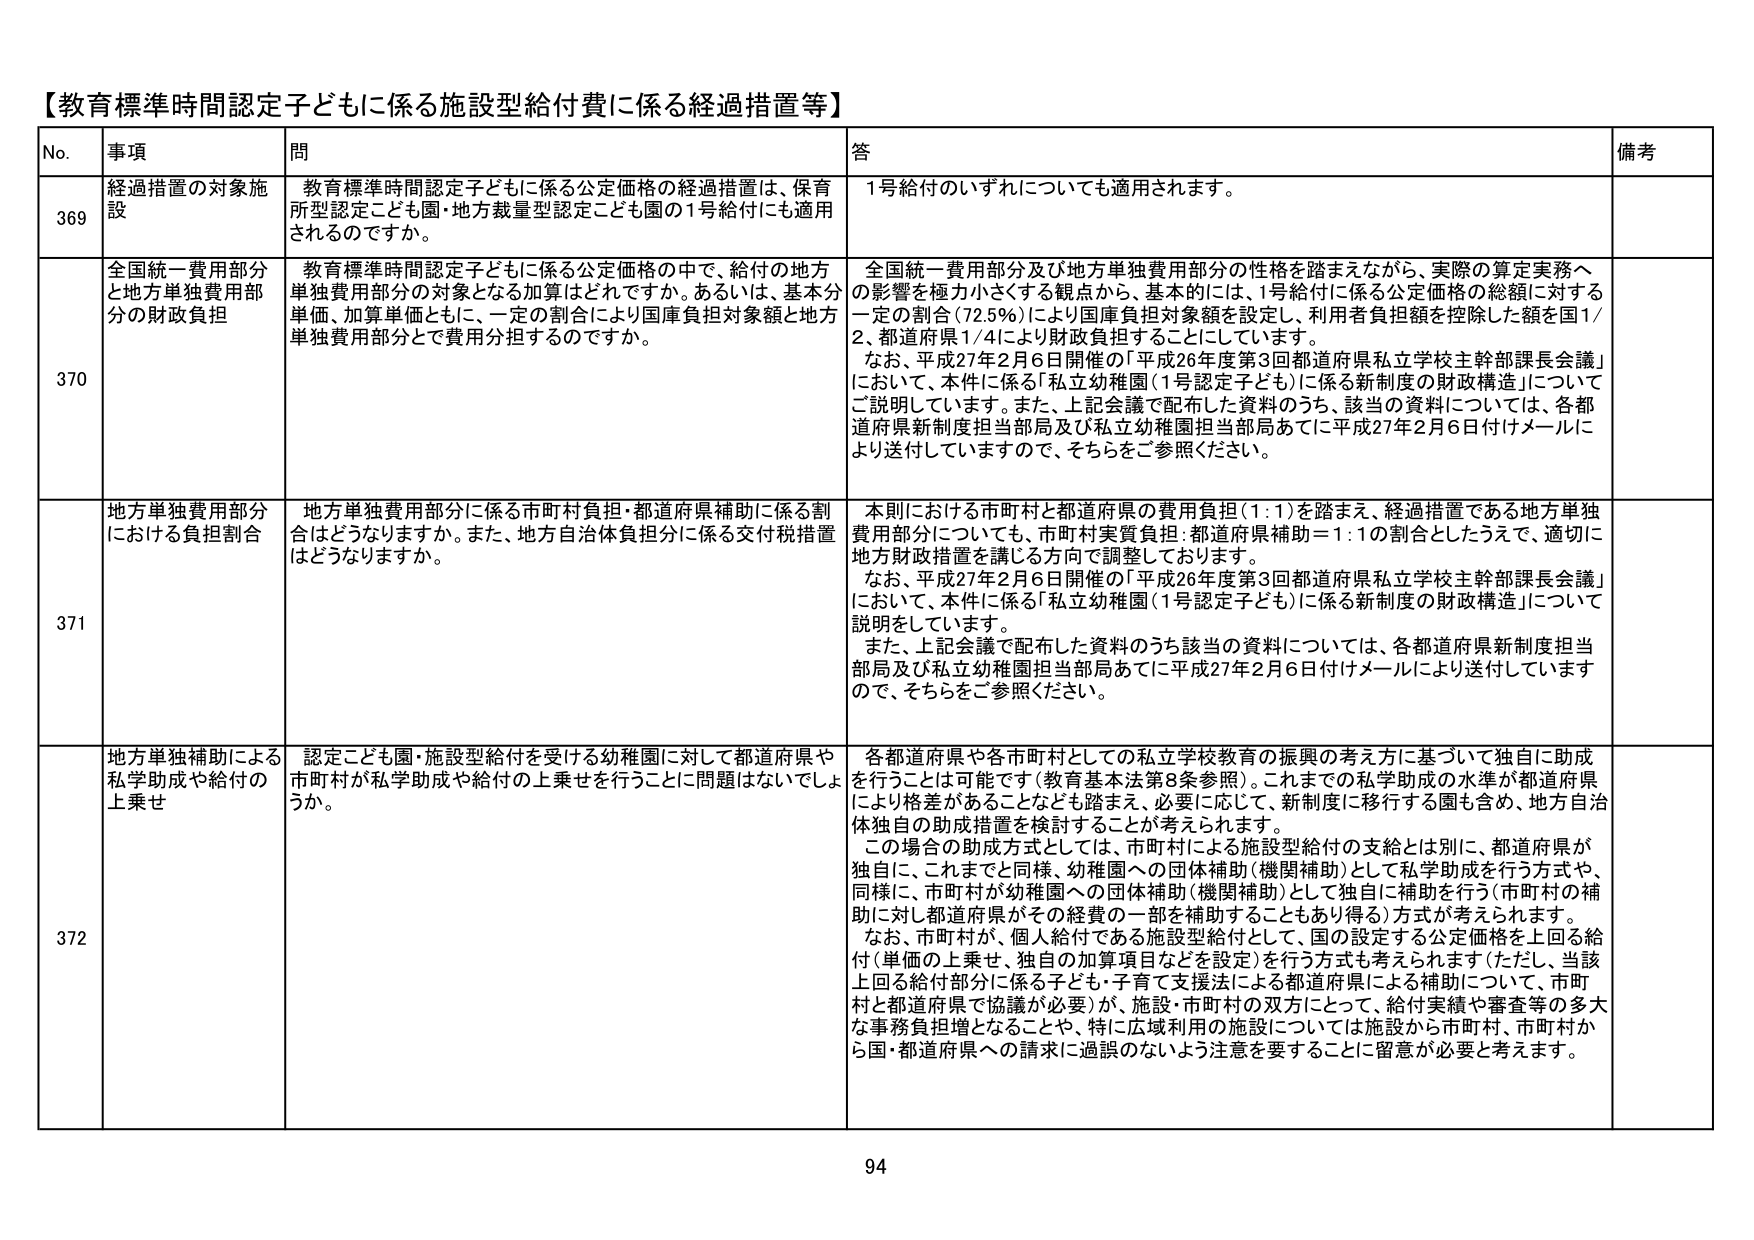
【教育標準時間認定子どもに係る施設型給付費に係る経過措置等】

No. 事項 問 答 備考

369 経過措置の対象施設 教育標準時間認定子どもに係る公定価格の経過措置は、保育所型認定こども園・地方裁量型認定こども園の1号給付にも適用されるのですか。 1号給付のいずれについても適用されます。

370 全国統一費用部分と地方単独費用部分の財政負担 教育標準時間認定子どもに係る公定価格の中で、給付の地方単独費用部分の対象となる加算はどれですか。あるいは、基本分単価、加算単価ともに、一定の割合により国庫負担対象額と地方単独費用部分とで費用分担するのですか。 全国統一費用部分及び地方単独費用部分の性格を踏まえながら、実際の算定実務への影響を極力小さくする観点から、基本的には、1号給付に係る公定価格の総額に対する一定の割合（72.5％）により国庫負担対象額を設定し、利用者負担額を控除した額を国1/2、都道府県1/4により財政負担することにしています。 なお、平成27年2月6日開催の「平成26年度第3回都道府県私立学校主幹部課長会議」において、本件に係る「私立幼稚園（1号認定子ども）に係る新制度の財政構造」についてご説明しています。また、上記会議で配布した資料のうち、該当の資料については、各都道府県新制度担当部局及び私立幼稚園担当部局あてに平成27年2月6日付けメールにより送付していますので、そちらをご参照ください。

371 地方単独費用部分における負担割合 地方単独費用部分に係る市町村負担・都道府県補助に係る割合はどうなりますか。また、地方自治体負担分に係る交付税措置はどうなりますか。 本則における市町村と都道府県の費用負担（1：1）を踏まえ、経過措置である地方単独費用部分についても、市町村実質負担：都道府県補助＝1：1の割合とたうえで、適切に地方財政措置を講じる方向で調整しております。 なお、平成27年2月6日開催の「平成26年度第3回都道府県私立学校主幹部課長会議」において、本件に係る「私立幼稚園（1号認定子ども）に係る新制度の財政構造」について説明をしています。 また、上記会議で配布した資料のうち該当の資料については、各都道府県新制度担当部局及び私立幼稚園担当部局あてに平成27年2月6日付けメールにより送付していますので、そちらをご参照ください。

372 地方単独補助による私学助成や給付の上乗せ 認定こども園・施設型給付を受ける幼稚園に対して都道府県や市町村が私学助成や給付の上乗せを行うことに問題はないでしょうか。 各都道府県や各市町村としての私立学校教育の振興の考え方に基づいて独自に助成を行うことは可能です（教育基本法第8条参照）。これまでの私学助成の水準が都道府県により格差があることなども踏まえ、必要に応じて、新制度に移行する園も含め、地方自治体独自の助成措置を検討することが考えられます。 この場合の助成方式としては、市町村による施設型給付の支給とは別に、都道府県が独自に、これまでと同様、幼稚園への団体補助（機関補助）として私学助成を行う方式や、同様に、市町村が幼稚園への団体補助（機関補助）として独自に補助を行う（市町村の補助に対し都道府県がその経費の一部を補助することもあり得る）方式が考えられます。 なお、市町村が、個人給付である施設型給付として、国の設定する公定価格を上回る給付（単価の上乗せ、独自の加算項目などを設定）を行う方式も考えられます（ただし、当該上回る給付部分に係る子ども・子育て支援法による都道府県による補助については、市町村と都道府県で協議が必要）が、施設・市町村の双方にとって、給付実績や審査等の多大な事務負担増となることや、特に広域利用の施設については施設から市町村、市町村から国・都道府県への請求に過誤のないよう注意を要することに留意が必要と考えます。

94